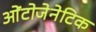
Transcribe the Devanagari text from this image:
ओंटोजेनेटिक